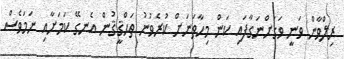
ރިލްވާން ވަނީ ވަގަށްނަގާފައި ކަން މިހާތަނަށް ކުރެވުނު ތަޙްޤީޤުން އެނގޭ ކަމަށާއި ނަމަވެސް